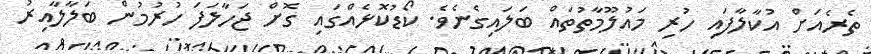
ތެރެއަށް އުކާލާފައި ހުރި މައުލޫމާތުތައް ބަލައިގެނެވެ. ކޯޑުކޮޅެއްގައި ގޮށް ޖަހާލަފަ ހުރުމުން ބަލާލާއިރު